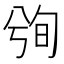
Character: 𰃢